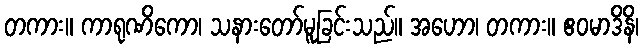
တကား။ ကာရုဏိကော၊ သနားတော်မူခြင်းသည်။ အဟော၊ တကား။ ဧဝမာဒိနိ၊